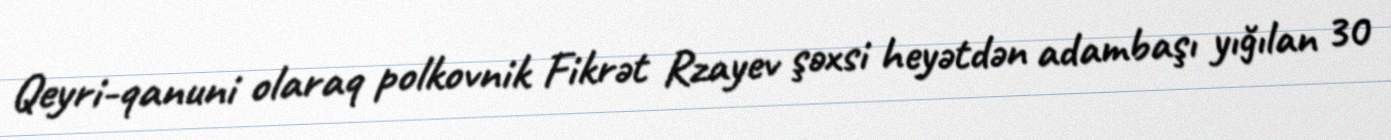
Qeyri-qanuni olaraq polkovnik Fikrət Rzayev şəxsi heyətdən adambaşı yığılan 30